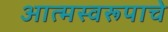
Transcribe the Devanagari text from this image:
आत्मस्वरूपाचे